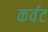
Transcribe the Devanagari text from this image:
कर्वट